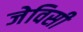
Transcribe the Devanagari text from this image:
जेविसी